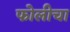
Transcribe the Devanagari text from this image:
फोलीचा